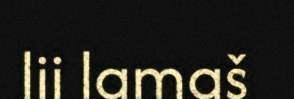
lii lamaš